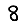
Digit: 8